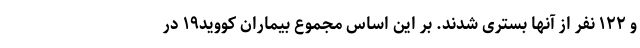
و ۱۲۲ نفر از آنها بستری شدند. بر این اساس مجموع بیماران کووید۱۹ در